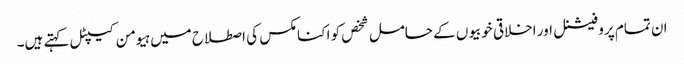
ان تمام پروفیشنل اور اخلاقی خوبیوں کے حامل شخص کو اکنامکس کی اصطلاح میں ہیومن کیپٹل کہتے ہیں۔